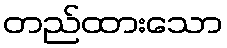
တည်ထားသော